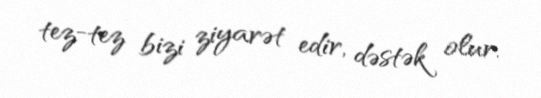
tez-tez bizi ziyarət edir, dəstək olur.